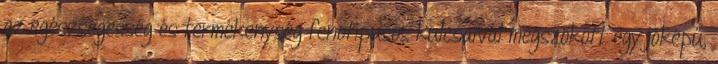
az egészségesség és termékenység fenotípusos kulcsaival megszökött egy jóképű,